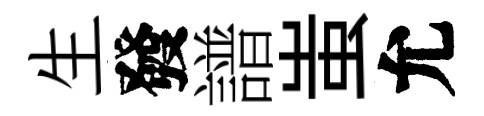
生發譜蚩允